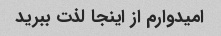
امیدوارم از اینجا لذت ببرید